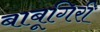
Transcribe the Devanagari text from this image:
बाबूगिरी